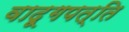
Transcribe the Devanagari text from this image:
वादूगपत्ति